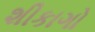
શીકાગો